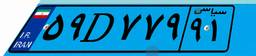
۵۹D۷۷۹۹۱